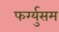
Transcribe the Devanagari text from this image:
फर्ग्युसम